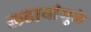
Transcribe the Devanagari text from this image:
लढायांमुळे